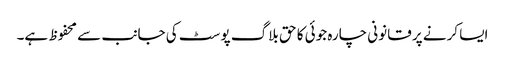
ایسا کرنے پر قانونی چارہ جوئی کا حق بلاگ پوسٹ کی جانب سے محفوظ ہے۔